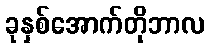
ခုနှစ်အောက်တိုဘာလ